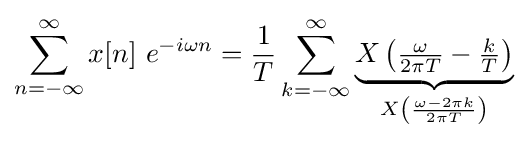
\sum _{n=-\infty }^{\infty }x[n]\ e^{-i\omega n}={\frac {1}{T}}\sum _{k=-\infty }^{\infty }\underbrace {X\left({\tfrac {\omega }{2\pi T}}-{\tfrac {k}{T}}\right)} _{X\left({\frac {\omega -2\pi k}{2\pi T}}\right)}